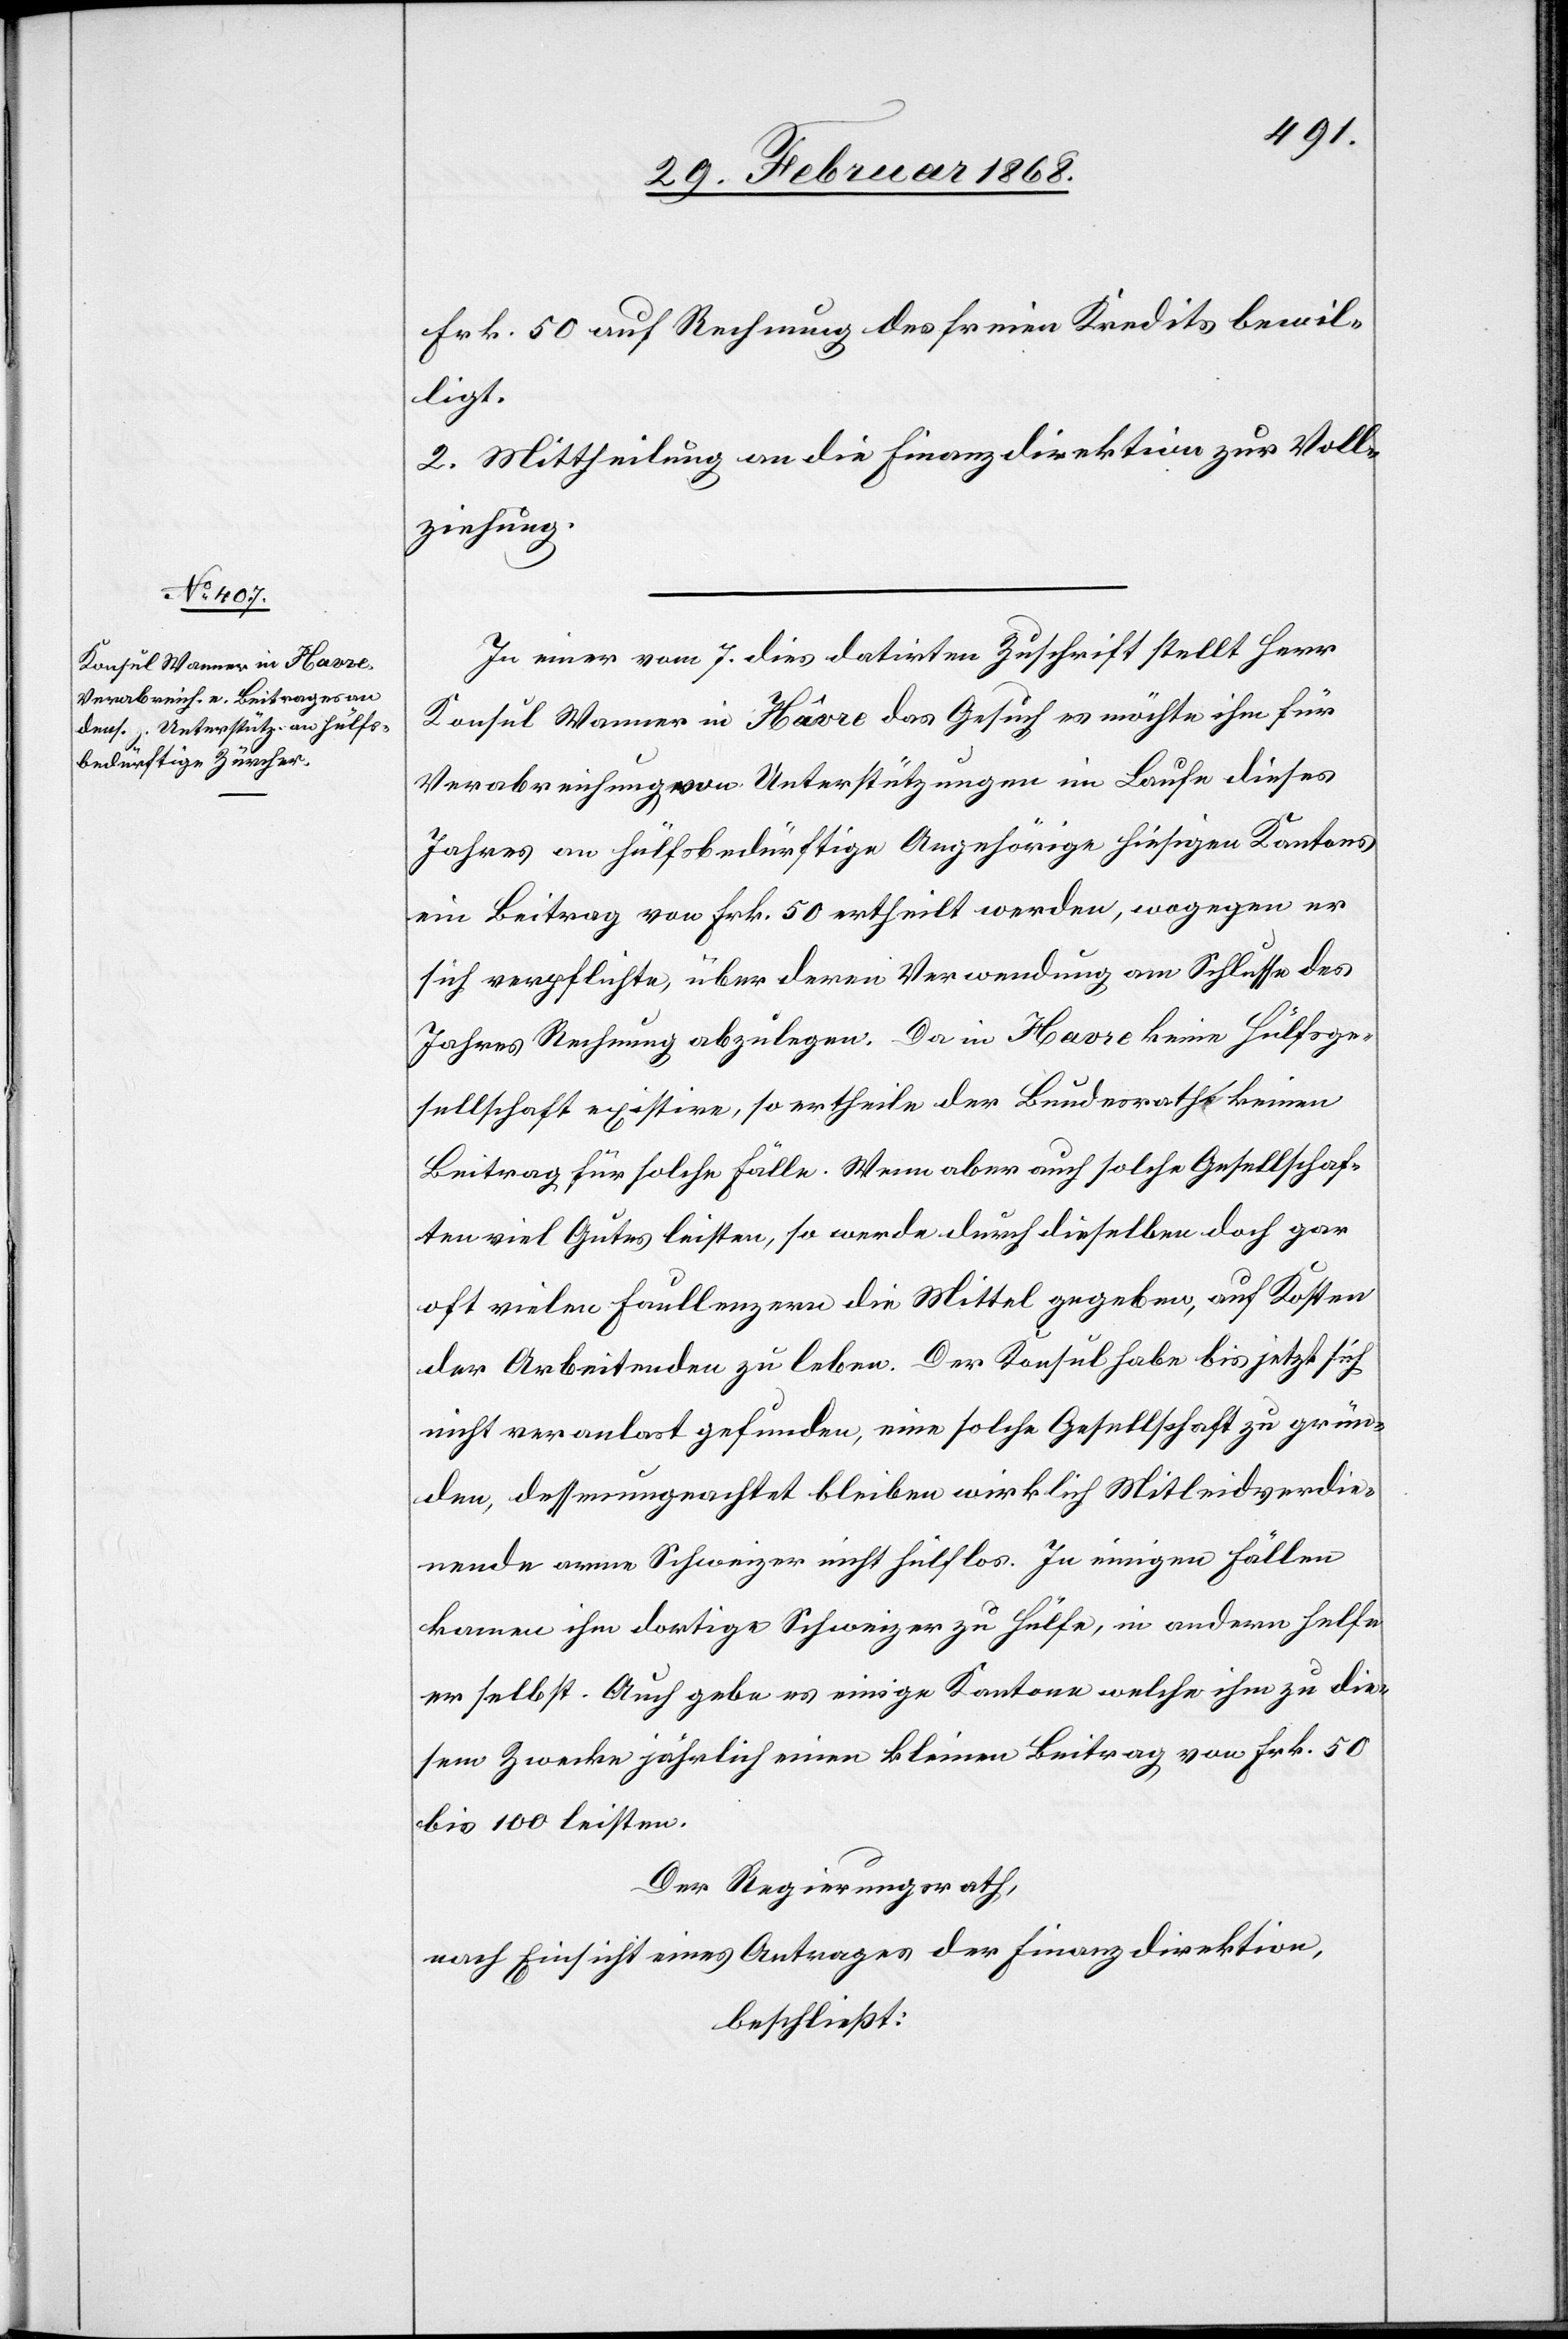
Frk. 50 auf Rechnung des freien Kredits bewil¬
ligt.
2. Mittheilung an die Finanzdirektion zur Voll¬
ziehung.
In einer vom 7. dies datirten Zuschrift stellt Herr
Konsul Wanner in Hâvre das Gesuch es möchte ihm für
Verabreichung von Unterstützungen im Laufe dieses
Jahres an hülfsbedürftige Angehörige hiesigen Kantons
ein Beitrag von Frk. 50 ertheilt werden, wogegen er
sich verpflichte, über deren Verwendung am Schlusse des
Jahres Rechnung abzulegen. Da in Havre keine Hülfsge¬
sellschaft existire, so ertheile der Bundesrath keinen
Beitrag für solche Fälle. Wenn aber auch solche Gesellschaf¬
ten viel Gutes leisten, so werde durch dieselben doch gar
oft vielen Faullenzern die Mittel gegeben, auf Kosten
der Arbeitenden zu leben. Der Konsul habe bis jetzt sich
nicht veranlas[s]t gefunden, eine solche Gesellschaft zu grün¬
den, dessenungeachtet bleiben wirklich Mitleidverdie¬
nende arme Schweizer nicht hülflos. In einigen Fällen
kamen ihm dortige Schweizer zu Hülfe, in andern helfe
er selbst. Auch gebe es einige Kantone welche ihm zu die¬
sem Zwecke jährlich einen kleinen Beitrag von Frk. 50
bis 100 leisten.
Der Regierungsrath,
nach Einsicht eines Antrages der Finanzdirektion,
beschließt: